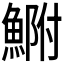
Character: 𩷺